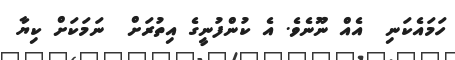
ހަމައެކަނި  އެއް ނޫނެވެ. އެ ކުންފުނީގެ އިތުރަށް  ނަމަކަށް ކިޔާ